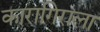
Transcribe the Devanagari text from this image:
कारागिराला